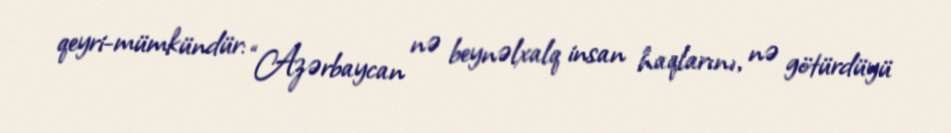
qeyri-mümkündür: “Azərbaycan nə beynəlxalq insan haqlarını, nə götürdüyü